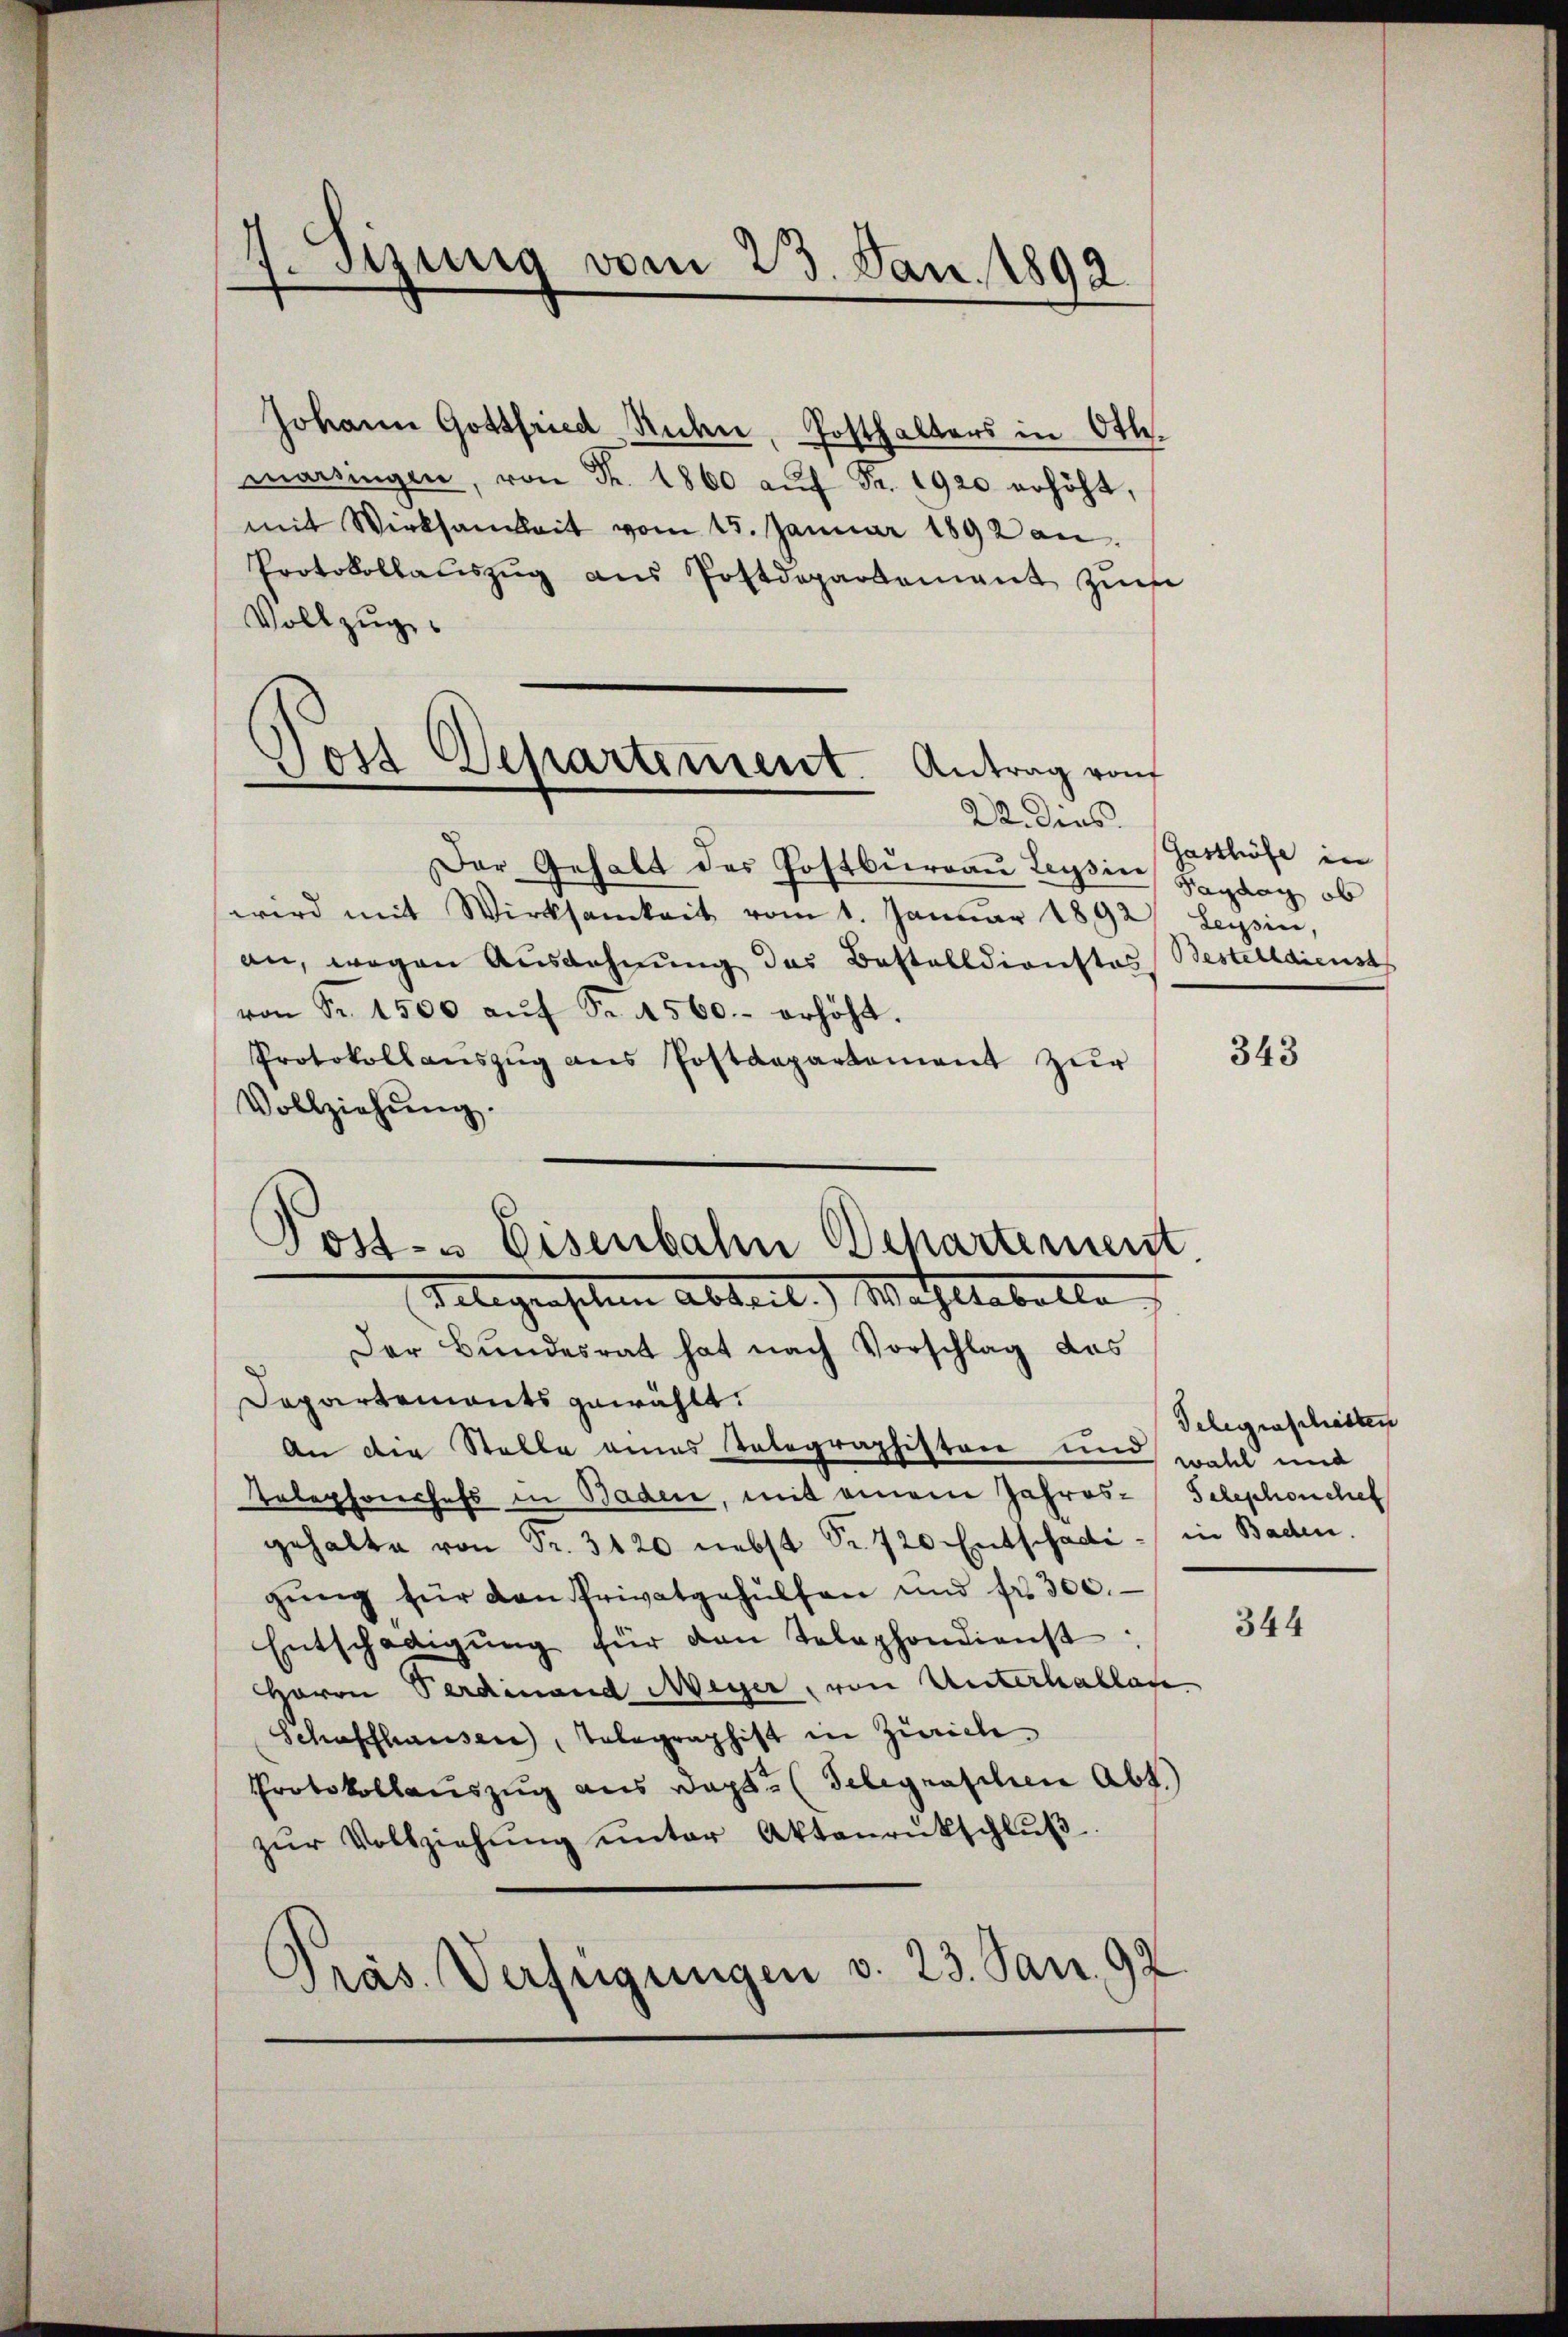
fsizung vom 23. Jan. 1892.

Johann Gottfried, Sichen, Posthalters in Ott.
marsingen, von Fr. 1860 aŭf Fr. 1920 erhöht,
mit Wirksamkeit vom 15. Januar 1892 an.
Protokollaŭszŭg ans Postdepartement zŭm
Vollzug.
Der Gehalt des Postbureau Leysin Sagaag ob
wird mit Wirksamkeit vom 1. Januar 1892 Leysin,
an, wegen Ausdehnung des Bestelldienstes Bestelldienst
von Fr. 1500 aŭf Fr. 560.- erhöht.
Protokoll aŭszŭg ans Postdepartement zŭr
Vollziehŭng.
Post- & Eisenbahn Behartement
Telegenschen Abteil. Wahltabelle
Der Bundesrat hat nach Vorschlag das
Dapartements gewählt:
An die Stelle eines Telegraphiston und wohl und
Telephonerhofs in Baden, mit einem Jahres-Telephonchel
gehalte von Fr. 3120 nebst Sr. 720 Entschädi- in Baden.
gŭng für den Privatgehülfen und fr. 300.
Entschädigŭng für den Telephondienst
Herrn Verdinand Meyer, von Unterhallage
Schaffhausen, Telegraphist in Zürich
Protokollauszug aus Wasse (Telegraschen Abt.)
zŭr Vollziehŭng ŭnter Aktenrückschlŭβ
Präs. Verfügungen v. 23. Jan. 92

Post Departement. Antrag von
—
22. Dies

Gasthöfe in

343

Gelegenschaften

344